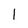
Character: 1